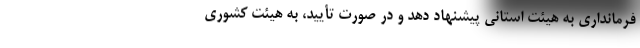
فرمانداری به هیئت استانی پیشنهاد دهد و در صورت تأیید، به هیئت کشوری